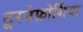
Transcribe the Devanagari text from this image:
टूरनेफ़ोर्शिया